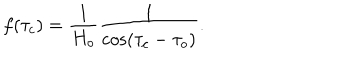
LaTeX: f ( \tau _ { c } ) = \frac { 1 } { H _ { o } } \frac { 1 } { \cos ( \tau _ { c } - \tau _ { o } ) } .